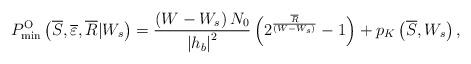
LaTeX: \begin{align*}P_{\min }^{\rm{O}}\left( {\overline S,\overline \varepsilon ,\overline R |{W_s}} \right) = \frac{{\left( {W - {W_s}} \right){N_0}}}{{{{\left| {{h_b}} \right|}^2}}}\left( {{2^{\frac{{\overline R }}{{\left( {W -{W_s}} \right)}}}} - 1} \right) + {p_K}\left( {\overline S,{W_s}} \right),\end{align*}